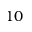
1 0